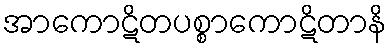
အာကောဋိတပစ္စာကောဋိတာနိ